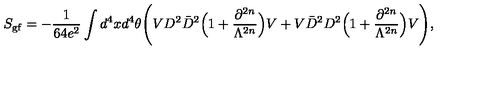
S _ { \mathrm { \footnotesize g f } } = - \frac { 1 } { 6 4 e ^ { 2 } } \int d ^ { 4 } x d ^ { 4 } \theta \Bigg ( V D ^ { 2 } \bar { D } ^ { 2 } \Big ( 1 + \frac { \partial ^ { 2 n } } { \Lambda ^ { 2 n } } \Big ) V + V \bar { D } ^ { 2 } D ^ { 2 } \Big ( 1 + \frac { \partial ^ { 2 n } } { \Lambda ^ { 2 n } } \Big ) V \Bigg ) ,